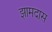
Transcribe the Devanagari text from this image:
झामदास